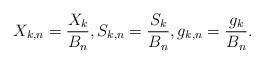
LaTeX: \begin{align*} X_{k,n}=\frac{X_k}{B_n},S_{k,n}=\frac{S_k}{B_n},g_{k,n}=\frac{g_k}{B_n}.\end{align*}